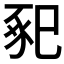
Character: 𢁁